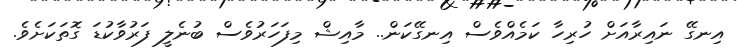
އިނގޭ ނައިރާއަށް ހުރިހާ ކަމެއްވެސް އިނގޭކަން.. މާއިޝް މިފަހަރުވެސް ބުނެލީ ފަރުވާކުޑަ ގޮތަކަށެވެ.